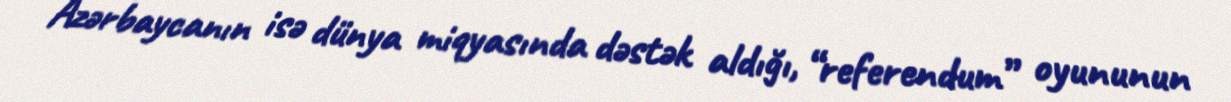
Azərbaycanın isə dünya miqyasında dəstək aldığı, “referendum” oyununun